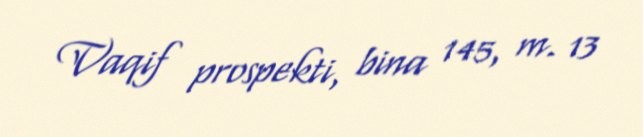
Vaqif prospekti, bina 145, m. 13